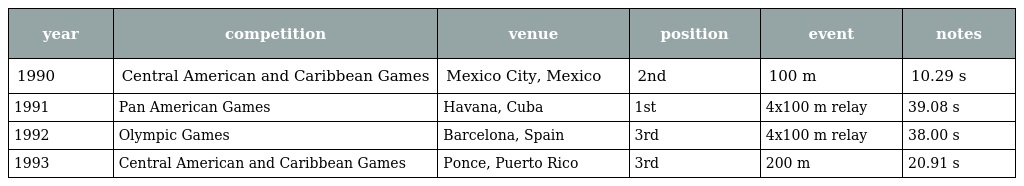
| year | competition | venue | position | event | notes |
 | --- | --- | --- | --- | --- | --- |
 | 1990 | Central American and Caribbean Games | Mexico City, Mexico | 2nd | 100 m | 10.29 s |
 | 1991 | Pan American Games | Havana, Cuba | 1st | 4x100 m relay | 39.08 s |
 | 1992 | Olympic Games | Barcelona, Spain | 3rd | 4x100 m relay | 38.00 s |
 | 1993 | Central American and Caribbean Games | Ponce, Puerto Rico | 3rd | 200 m | 20.91 s |